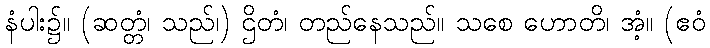
နံပါး၌။ (ဆတ္တံ၊ သည်၊) ဌိတံ၊ တည်နေသည်။ သစေ ဟောတိ၊ အံ့။ (ဧဝံ